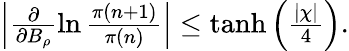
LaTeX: \begin{array}{r}{\left|\frac{\partial}{\partial B_{\rho}}\ln\frac{\pi(n+1)}{\pi(n)}\right|\le\operatorname{tanh}\left(\frac{|\chi|}{4}\right).}\end{array}